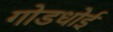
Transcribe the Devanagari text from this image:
गोडधोई